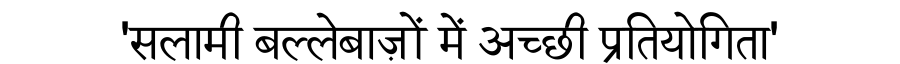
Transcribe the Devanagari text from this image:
'सलामी बल्लेबाज़ों में अच्छी प्रतियोगिता'